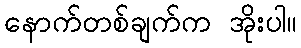
နောက်တစ်ချက်က အိုးပါ။